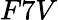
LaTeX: F7V